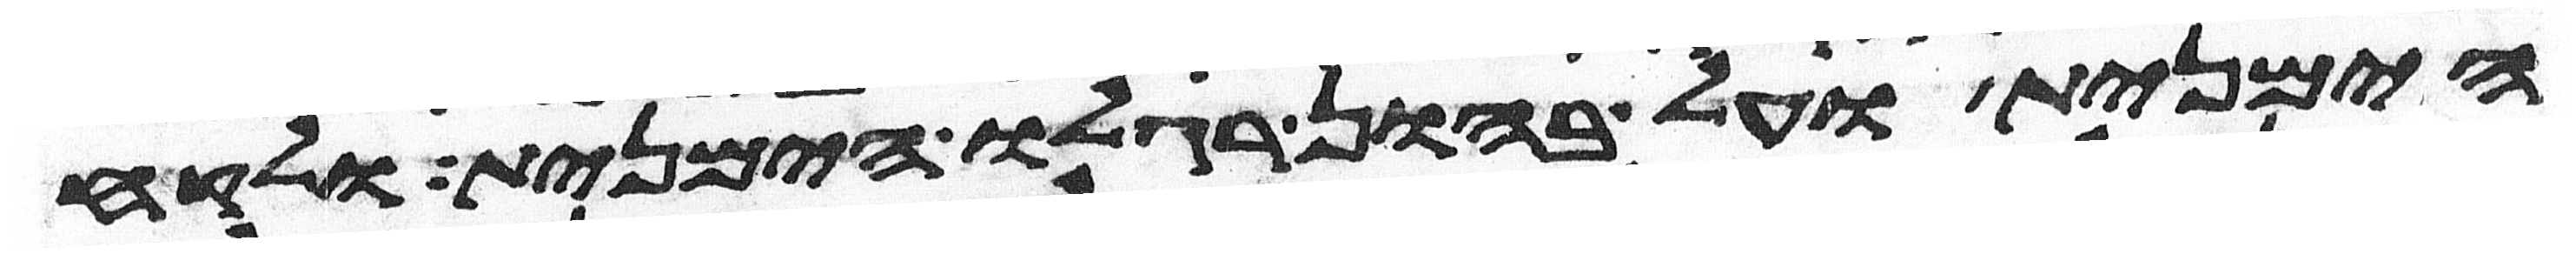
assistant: הימנית ועל בהון רגלו הימנית ולקח